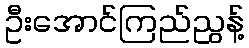
ဦးအောင်ကြည်ညွန့်